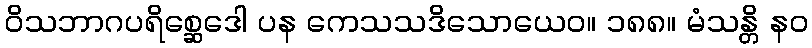
ဝိသဘာဂပရိစ္ဆေဒေါ ပန ကေသသဒိသောယေဝ။ ၁၈၈။ မံသန္တိ နဝ